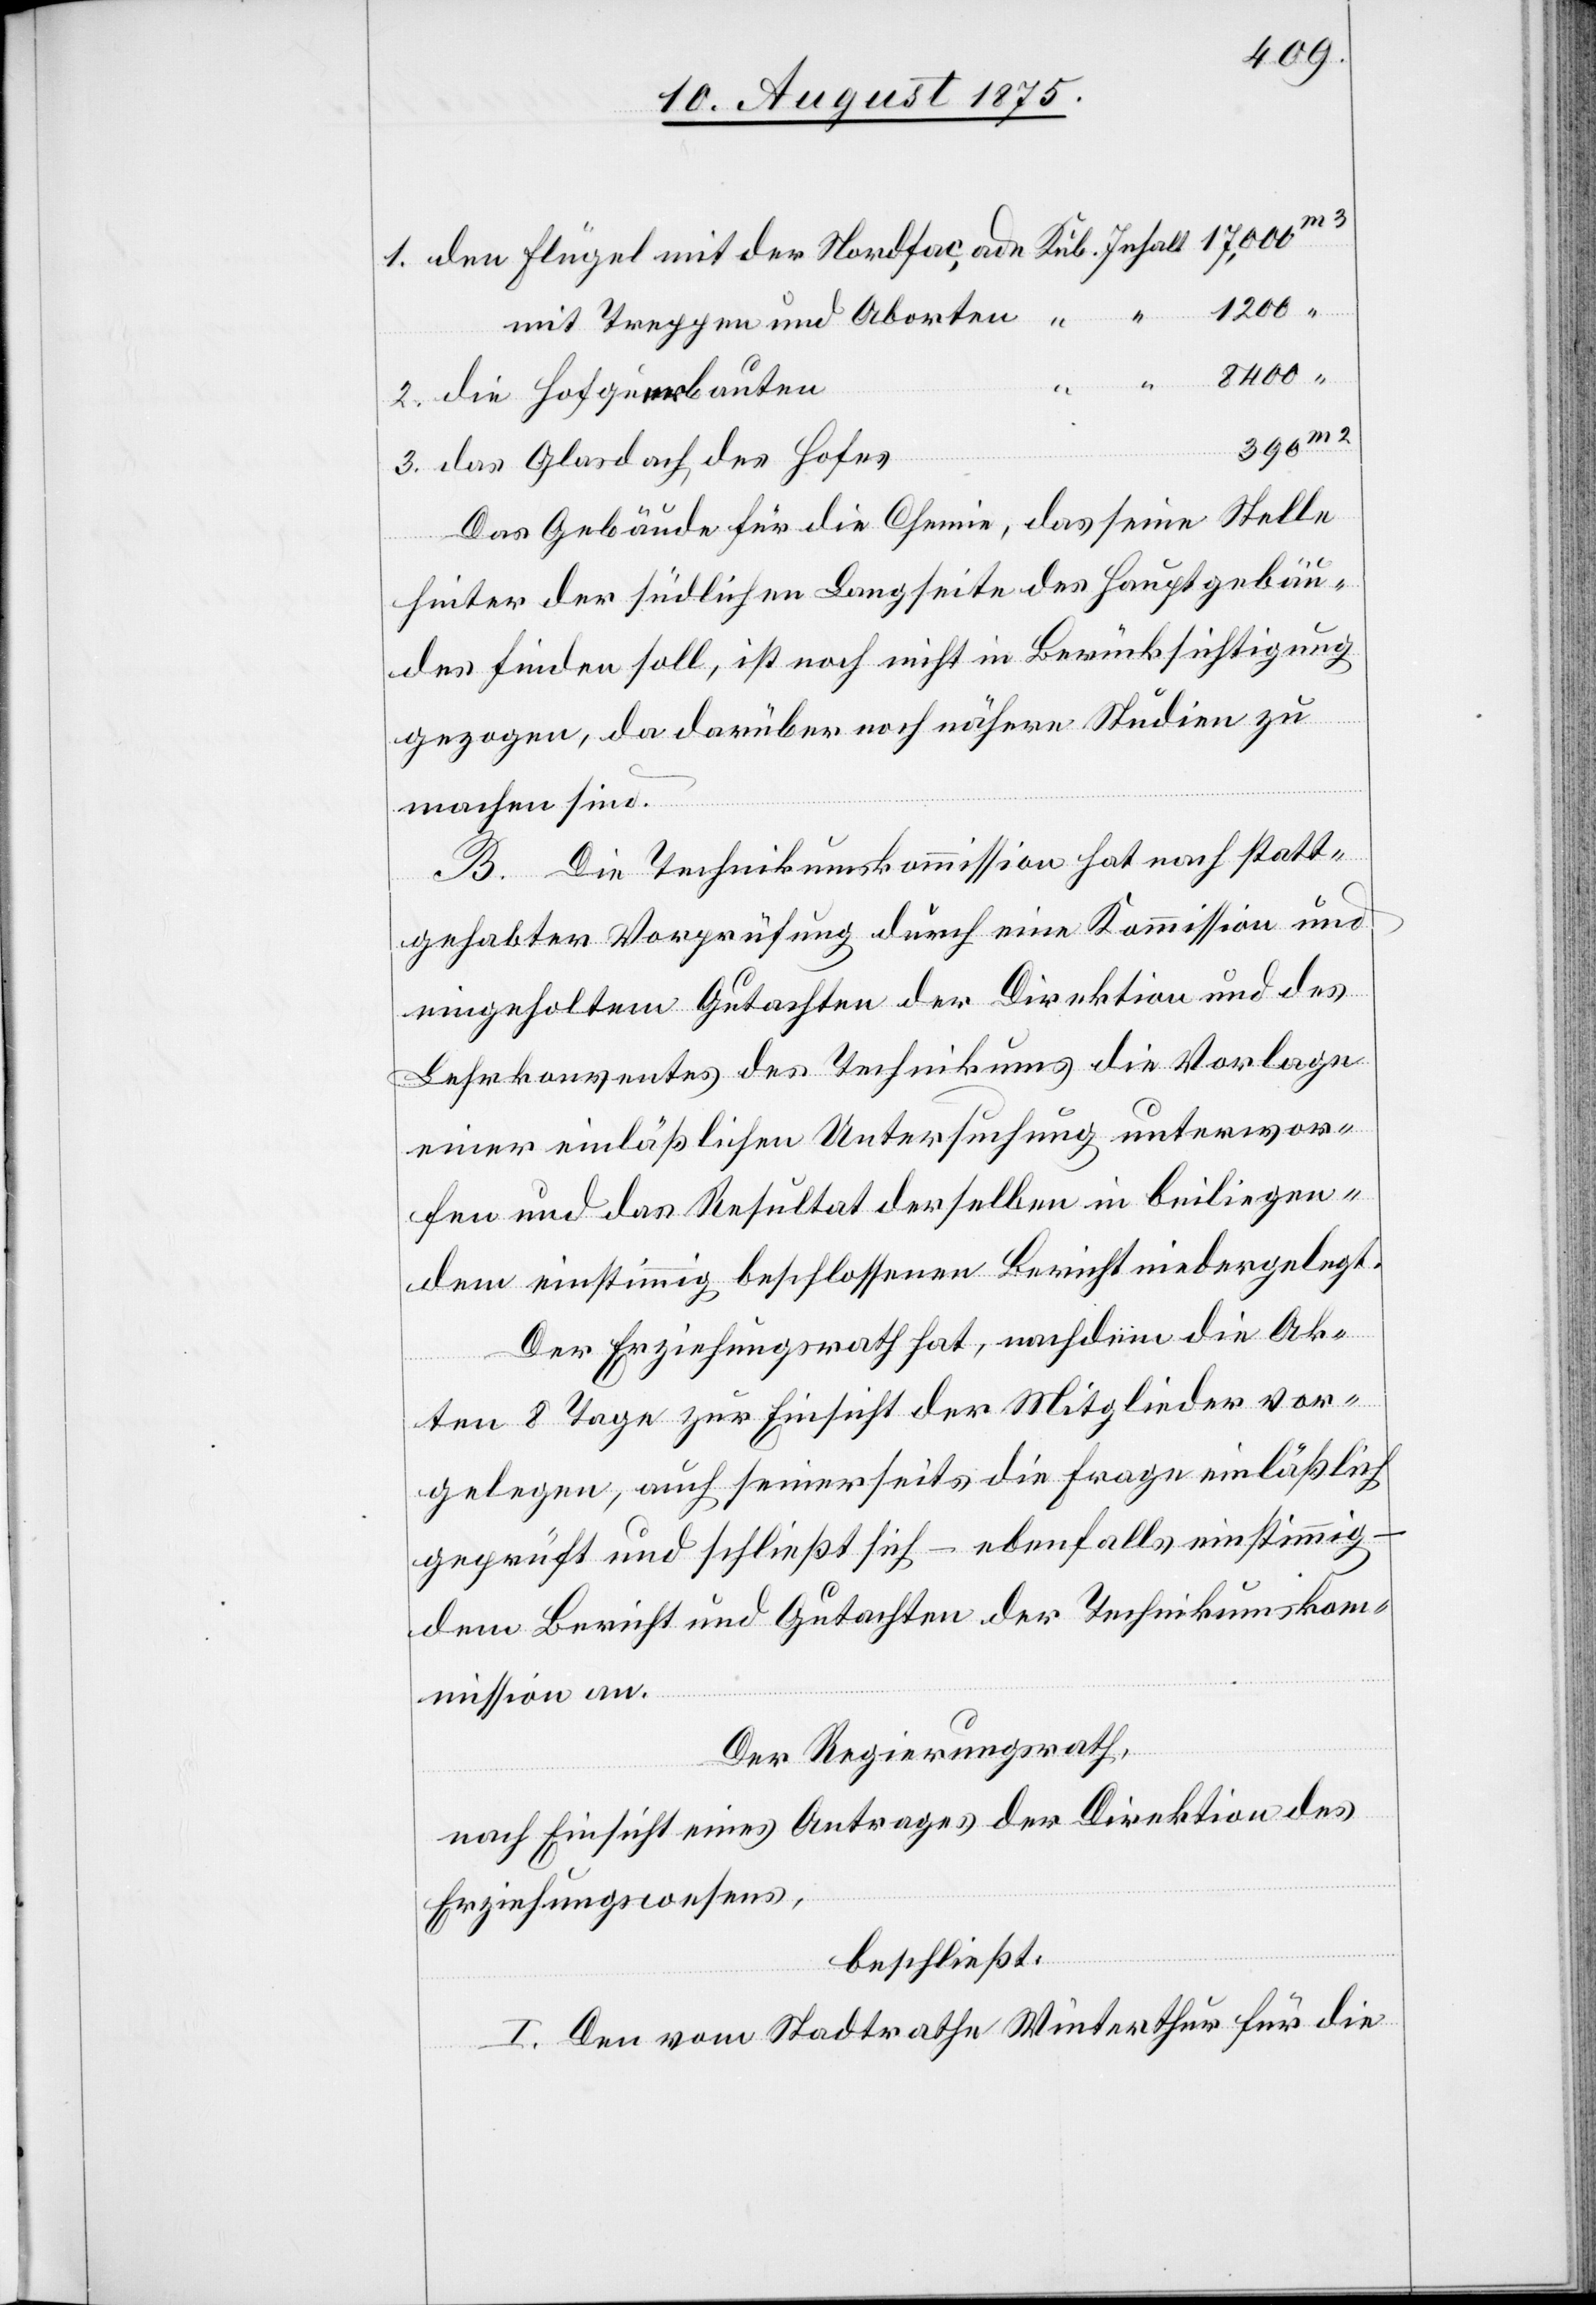
3.
1200
mit Treppen und Aborten
das Glasdach des Hofes
Das Gebäude für die Chemie, das seine Stelle
hinter der südlichen Langseite des Hauptgebäu¬
des finden soll, ist noch nicht in Berücksichtigung
die
gezogen, da darüber noch nähere Studien zu
machen sind.
B. Die Technikumskommission hat nach statt¬
gehabter Vorprüfung durch eine Kommission und
eingeholten Gutachten der Direktion und des
Lehrkonventes des Technikums die Vorlage
einer einläßlichen Untersuchung unterwor¬
fen und das Resultat derselben in beiliegen¬
dem einstimmig beschlossenen Bericht niedergelegt.
Der Erziehungsrath hat, nachdem die Ak¬
ten 8 Tage zur Einsicht der Mitglieder vor¬
gelegen, auch seinerseits die Frage einläßlich
geprüft und schließt sich – ebenfalls einstimmig –
dem Bericht und Gutachten der Technikumskom¬
mission an.
Der Regierungsrath,
nach Einsicht eines Antrages der Direktion des
Erziehungswesens,
beschließt:
I. Den vom Stadtrathe Winterthur für die